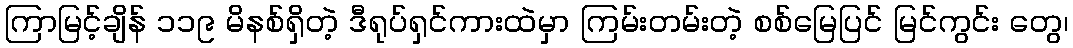
ကြာမြင့်ချိန် ၁၁၉ မိနစ်ရှိတဲ့ ဒီရုပ်ရှင်ကားထဲမှာ ကြမ်းတမ်းတဲ့ စစ်မြေပြင် မြင်ကွင်း တွေ၊